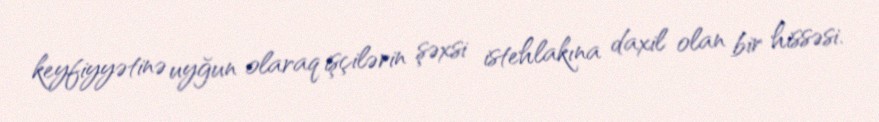
keyfiyyətinə uyğun olaraq işçilərin şəxsi istehlakına daxil olan bir hissəsi.